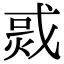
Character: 𤉨